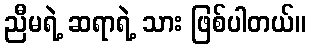
ညီမရဲ့ ဆရာရဲ့ သား ဖြစ်ပါတယ်။